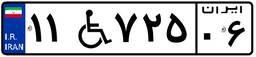
۳۰W۶۶۸۹۵